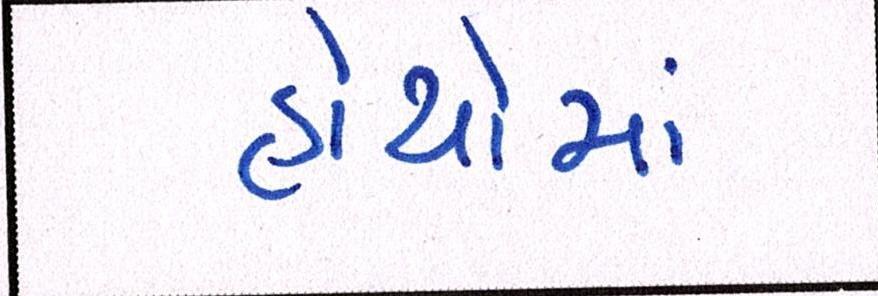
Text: હાથોમાં